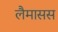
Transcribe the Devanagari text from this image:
लैमासस